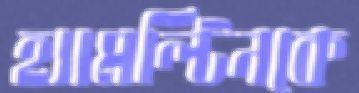
হ্যামল্টিনকে